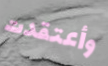
وأعتقدت